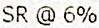
SR @ 6%